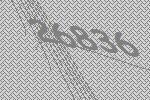
26836